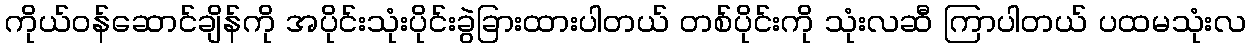
ကိုယ်ဝန်ဆောင်ချိန်ကို အပိုင်းသုံးပိုင်းခွဲခြားထားပါတယ် တစ်ပိုင်းကို သုံးလဆီ ကြာပါတယ် ပထမသုံးလ